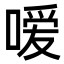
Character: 嗳